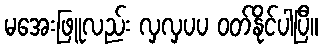
မအေးဖြူလည်း လှလှပပ ဝတ်နိုင်ပါပြီ။